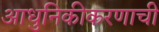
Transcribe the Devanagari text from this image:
आधुनिकीकरणाची